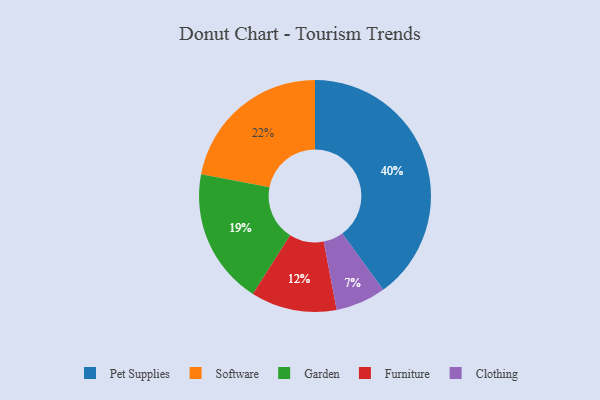
{"axis": {"x": "Category", "y": "Percentage"}, "legend": ["Clothing", "Furniture", "Garden", "Pet Supplies", "Software"], "data": [{"x": "Furniture", "y": 12, "type": "Furniture"}, {"x": "Software", "y": 22, "type": "Software"}, {"x": "Garden", "y": 19, "type": "Garden"}, {"x": "Pet Supplies", "y": 40, "type": "Pet Supplies"}, {"x": "Clothing", "y": 7, "type": "Clothing"}]}